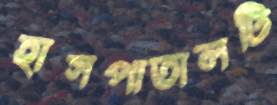
হাসপাতালটি